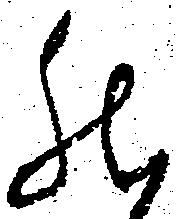
然